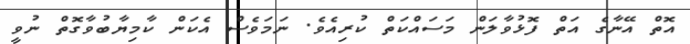
އޮތް އޭނާގެ އަތް ފޮޅުވާލަން މަސައްކަތް ކުރިއެވެ. ނަމަވެސް އެކަން ކާމިޔާބުވާގޮތް ނުވީ